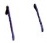
Text: 11